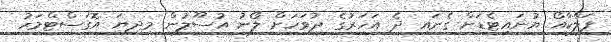
ފަލްކާއޯ ޔުނައިޓެޑަށް ގެނައި ދެ އަހަރުގެ ދުވަހަށް ލޯނު އުސޫލުން މިދިޔަ އޮގަސްޓްމަހު